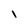
Character: l